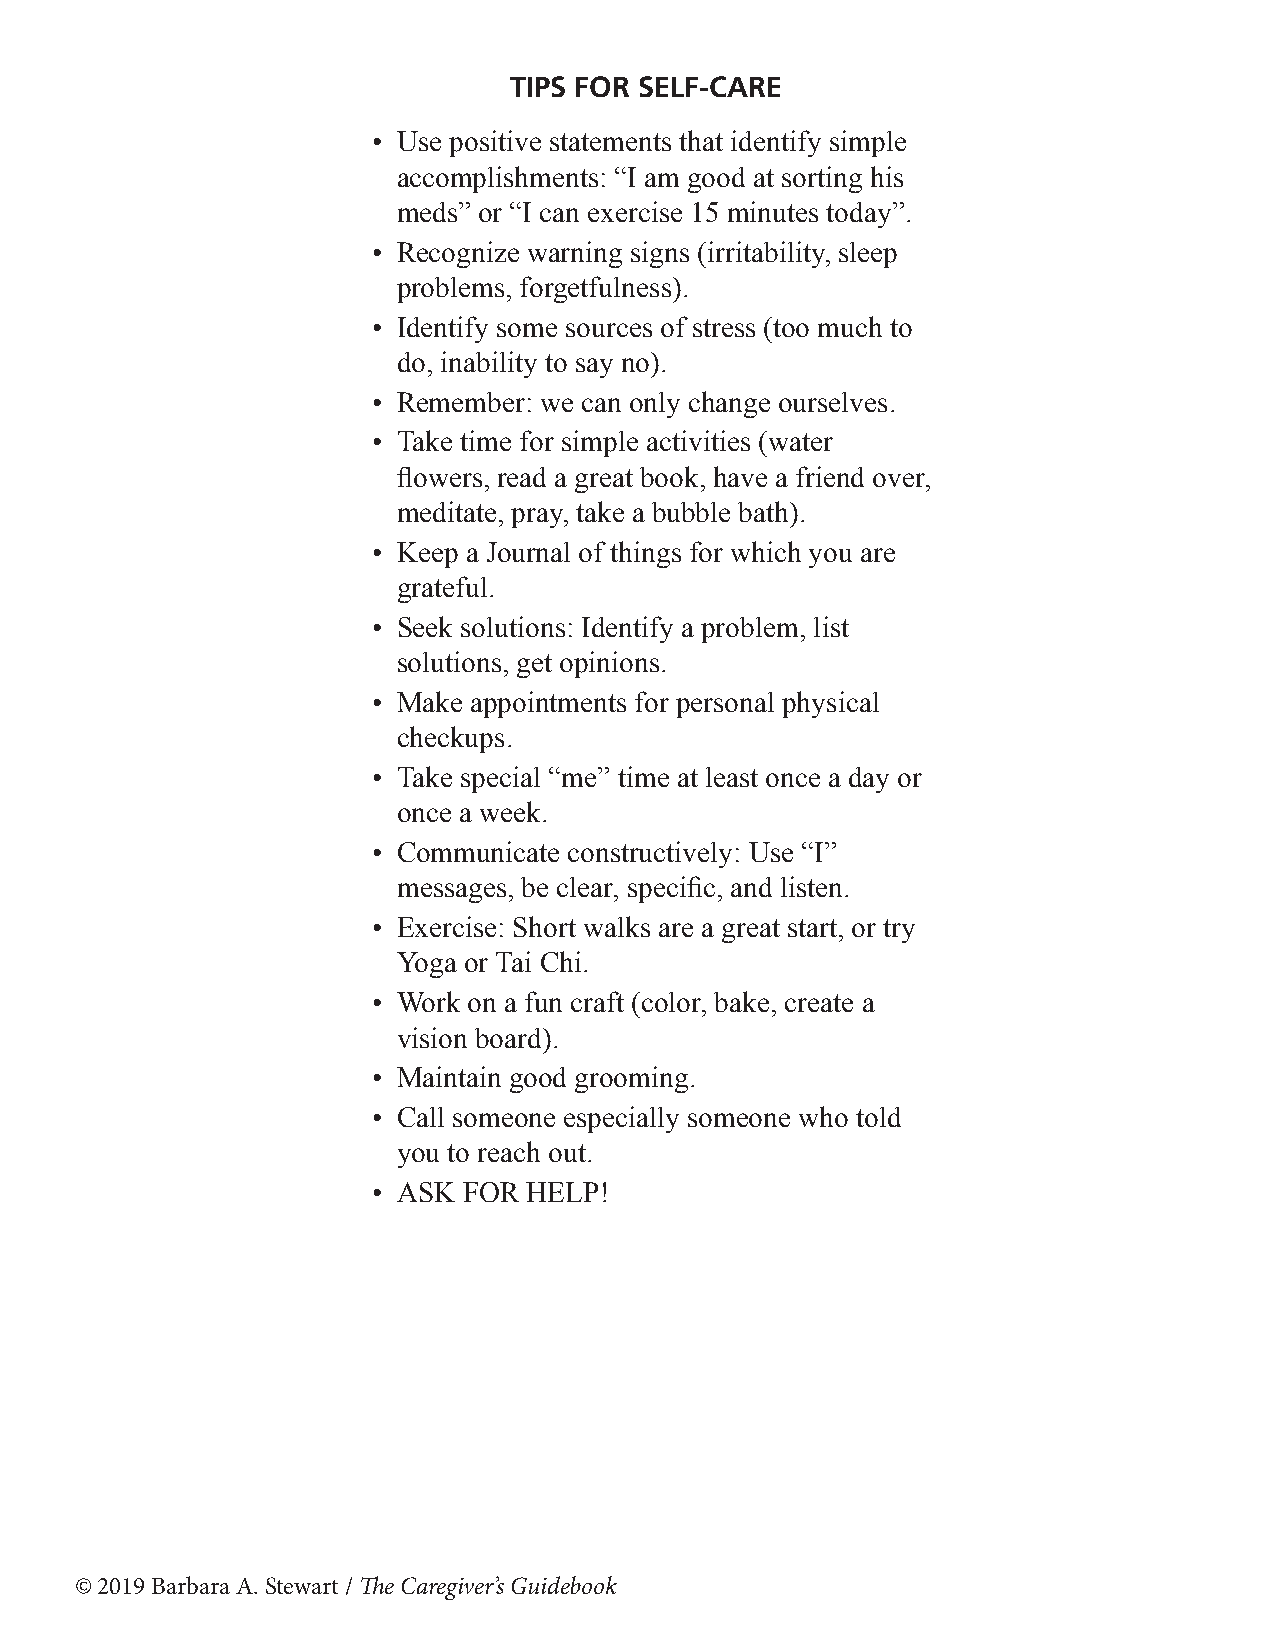
TIPS FOR SELF-CARE
 • Use positive statements that identify simple
 accomplishments: “I am good at sorting his
 meds” or “I can exercise 15 minutes today”.
 • Recognize warning signs (irritability, sleep
 problems, forgetfulness).
 • Identify some sources of stress (too much to
 do, inability to say no).
 • Remember: we can only change ourselves.
 • Take time for simple activities (water
 flowers, read a great book, have a friend over,
 meditate, pray, take a bubble bath).
 • Keep a Journal of things for which you are
 grateful.
 • Seek solutions: Identify a problem, list
 solutions, get opinions.
 • Make appointments for personal physical
 checkups.
 • Take special “me” time at least once a day or
 once a week.
 • Communicate constructively: Use “I”
 messages, be clear, specific, and listen.
 • Exercise: Short walks are a great start, or try
 Yoga or Tai Chi.
 • Work on a fun craft (color, bake, create a
 vision board).
 • Maintain good grooming.
 • Call someone especially someone who told
 you to reach out.
 • ASK FOR HELP!
 © 2019 Barbara A. Stewart / The Caregiver’s Guidebook